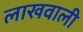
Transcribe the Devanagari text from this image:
लाखवाली